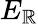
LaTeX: E_{\mathbb{R}}